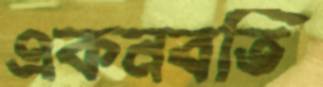
একনবতি